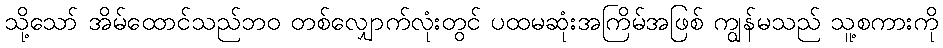
သို့သော် အိမ်ထောင်သည်ဘဝ တစ်လျှောက်လုံးတွင် ပထမဆုံးအကြိမ်အဖြစ် ကျွန်မသည် သူ့စကားကို